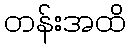
တန်းအထိ